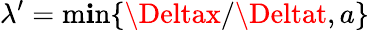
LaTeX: \lambda^{\prime}=\operatorname*{m\mathbf{i}n}\{ \Deltax/\Deltat,a\}